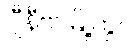
ဂျီနီဗာမြို့တွင်